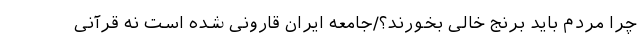
چرا مردم باید برنج خالی بخورند؟/جامعه ایران قارونی شده است نه قرآنی